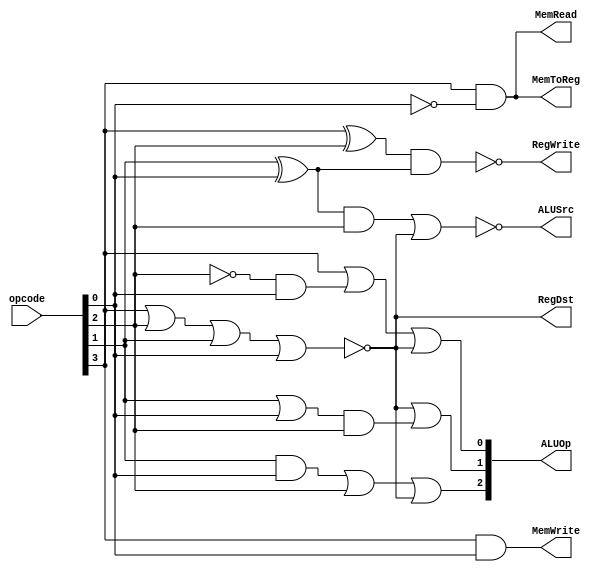
module controlunit(opcode,ALUOp,RegDst,MemRead,MemToReg,MemWrite,ALUSrc,RegWrite);

	input [3:0] opcode;
	output [2:0] ALUOp;
	output RegDst;
	output MemRead;
	output MemToReg;
	output MemWrite;
	output ALUSrc;
	output RegWrite;
	
	wire ALUOpAA;
	wire ALUOpBA;
	wire ALUOpBB;
	wire ALUOpCA;
	wire ALUOpCB;
	wire ALUOpX;
	wire notOpcodeB;
	wire notAllOpcodes;
	wire notOpcodeD;
	wire RegWriteA;
	wire RegWriteB;
	wire notRegWrite;
	wire srcxor;
	wire srcand;
	wire srcnot;
	
	//ALUOp0
	not notC(notOpcodeB, opcode[2]);
	and andALUOpAA (ALUOpAA, notOpcodeB, opcode[0]);
	or orALUOpX (ALUOpX, opcode[3], opcode[2], opcode[1], opcode[0]);
	not notAll (notAllOpcodes, ALUOpX);
	or orALUOpA(ALUOp[0], opcode[3], ALUOpAA, notAllOpcodes);
	
	//ALUOp1
	or orALUOpBA (ALUOpBA, opcode[1], opcode[0]);
	and andALUOPBB (ALUOpBB, ALUOpBA, opcode[2]);
	or orALUOpB (ALUOp[1],notAllOpcodes, ALUOpBB);
	
	//ALUOp2
	and andALUOpCA (ALUOpCA, opcode[1], opcode[0]);
	or orALUOpCB (ALUOpCB, ALUOpCA, opcode[2]);
	or orALUOpC (ALUOp[2], ALUOpCB, notAllOpcodes);
	
	//MemWrite
	and andMemWrite (MemWrite, opcode[3], opcode[0]);
	
	//MemRead
	not notD (notOpcodeD, opcode[0]);
	and andMemRead (MemRead, opcode[3], notOpcodeD);
	
	//RegDst
	not setRegDst (RegDst, ALUOpX);
	
	//MemtoReg
	and andMemtoReg (MemToReg, opcode[3], notOpcodeD);
	
	
	//RegWrite 
	xor xorRegWriteA (RegWriteA, opcode[3], opcode[2]);
	xor xorRegWriteB (RegWriteB, opcode[1], opcode[0]);
	and andAB (notRegWrite, RegWriteA, RegWriteB);
	not setRegWrite (RegWrite, notRegWrite);
	
	//ALUSrc
	xor srcxorr (srcxor, opcode[1], opcode[0]);
	and srcandd (srcand, srcxor, opcode[2]);
	or (srcnot, srcand, notAllOpcodes);
	not (ALUSrc, srcnot);

endmodule